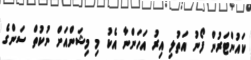
ކައުންޓަރުން ފޯނު އަތުލި އިރު އަހަންނާ އެކު މި މިޝަންއަށް ނުކުތް ސަންގެ